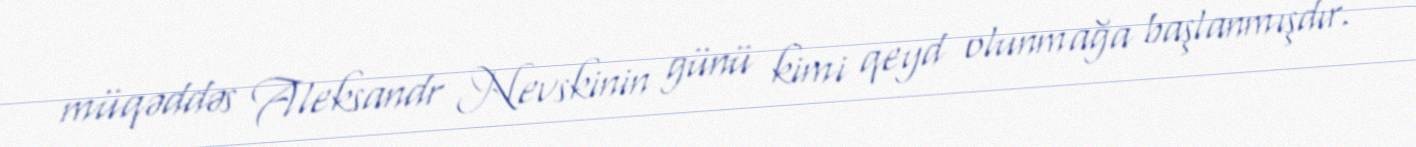
müqəddəs Aleksandr Nevskinin günü kimi qeyd olunmağa başlanmışdır.